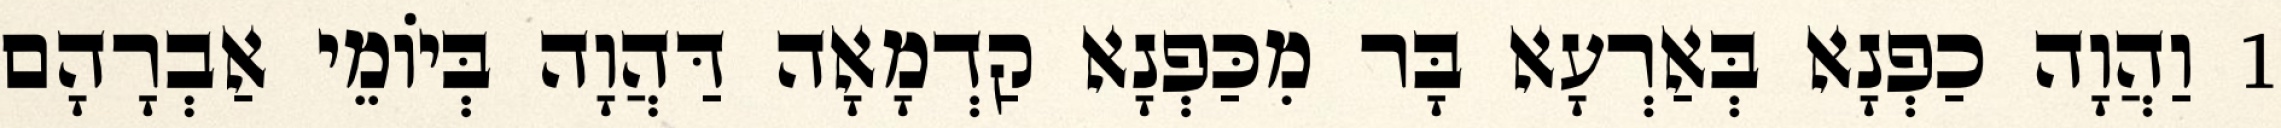
1 וַהֲוָה כַפְנָא בְּאַרְעָא בָּר מִכַּפְנָא קַדְמָאָה דַּהֲוָה בְּיוֹמֵי אַבְרָהָם